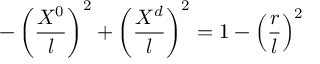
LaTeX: - \left( { \frac { X ^ { 0 } } { l } } \right) ^ { 2 } + \left( { \frac { X ^ { d } } { l } } \right) ^ { 2 } = 1 - \left( { \frac { r } { l } } \right) ^ { 2 }